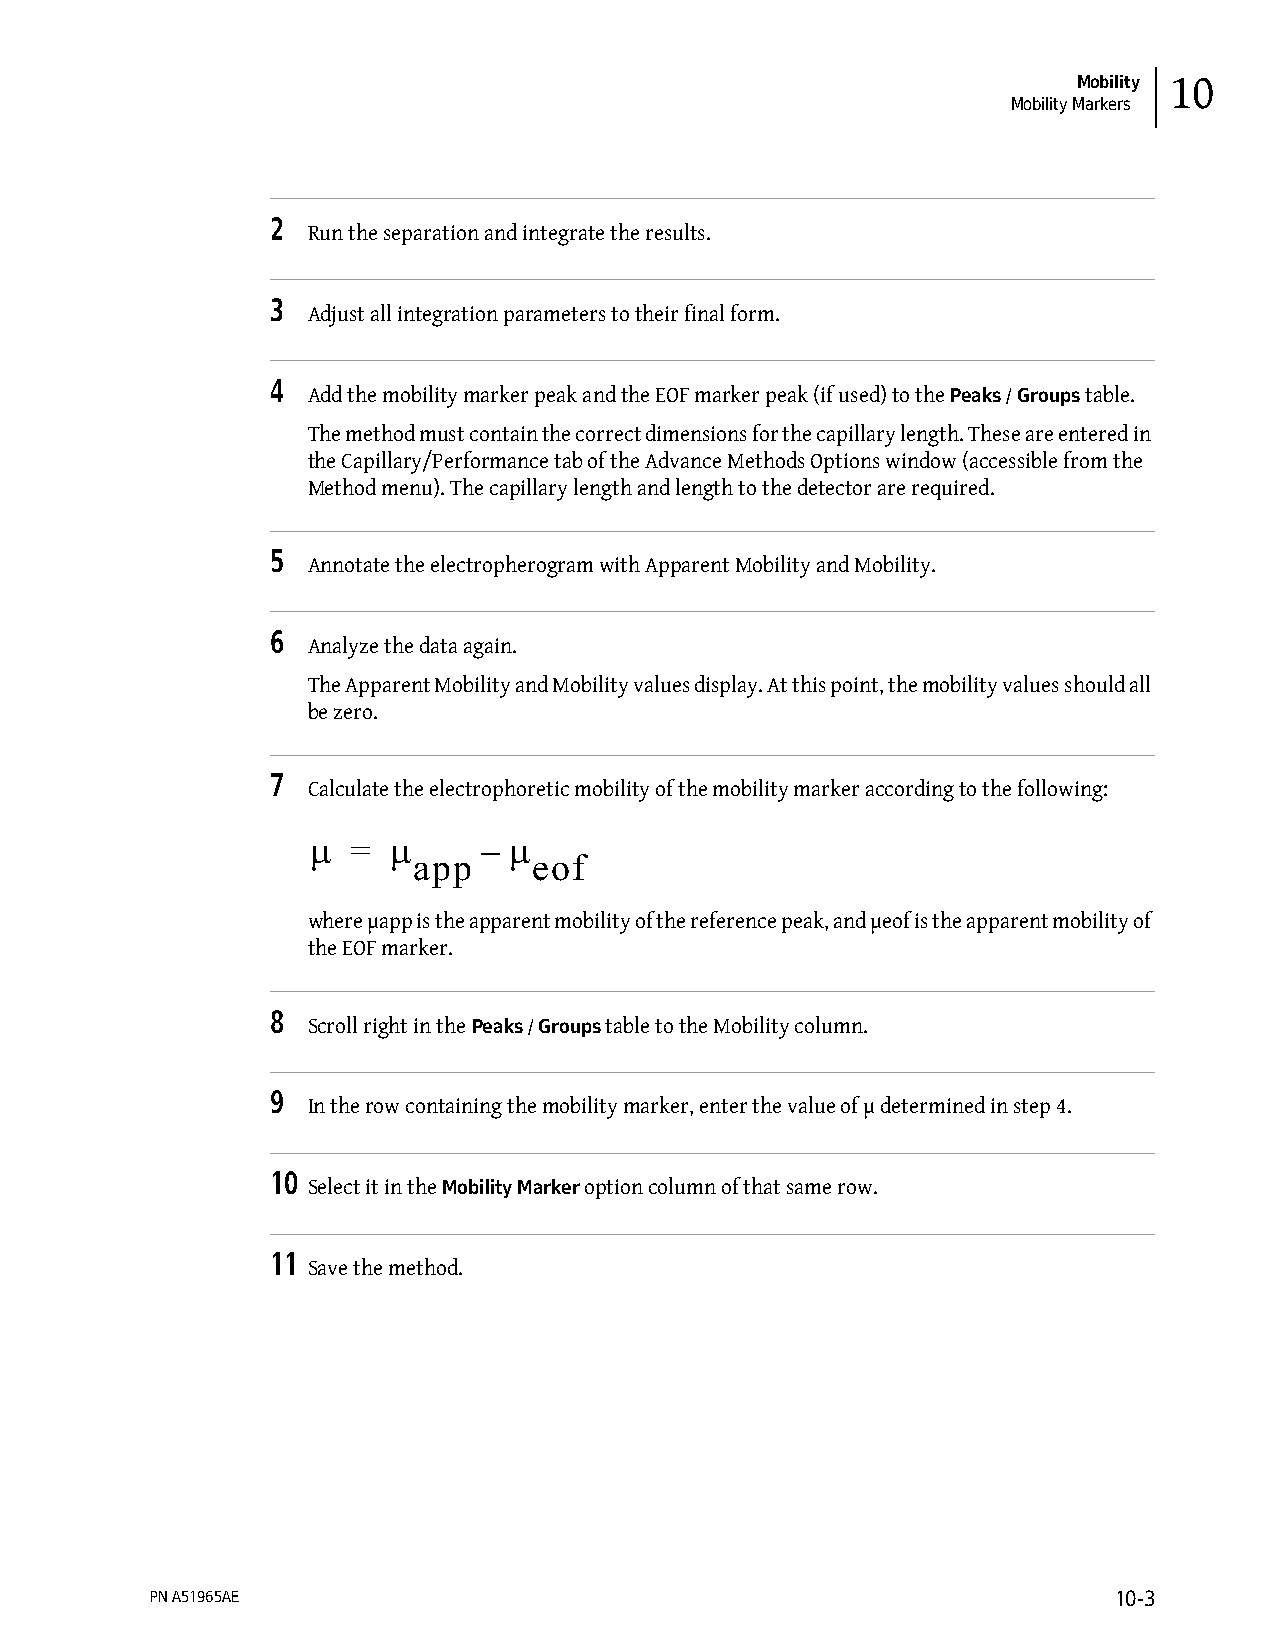
Mobility 10
 Mobility Markers
 2
 Run the separation and integrate the results.
 3
 Adjust all integration parameters to their final form.
 4
 Add the mobility marker peak and the EOF marker peak (if used) to the Peaks / Groups table.
 The method must contain the correct dimensions for the capillary length. These are entered in
 the Capillary/Performance tab of the Advance Methods Options window (accessible from the
 Method menu). The capillary length and length to the detector are required.
 5
 Annotate the electropherogram with Apparent Mobility and Mobility.
 6
 Analyze the data again.
 The Apparent Mobility and Mobility values display. At this point, the mobility values should all
 be zero.
 7
 Calculate the electrophoretic mobility of the mobility marker according to the following:
 µ  =  µ     – µ
 app     eof
 where µapp is the apparent mobility of the reference peak, and µeof is the apparent mobility of
 the EOF marker.
 8
 Scroll right in the Peaks / Groups table to the Mobility column.
 9
 In the row containing the mobility marker, enter the value of µ determined in step 4.
 10
 Select it in the Mobility Marker option column of that same row.
 11
 Save the method.
 PN A51965AE                                                     10-3